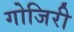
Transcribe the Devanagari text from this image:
गोजिरी